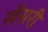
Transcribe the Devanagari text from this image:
खैसरी